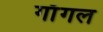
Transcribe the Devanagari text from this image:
गाँगल